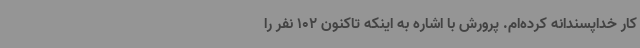
کار خداپسندانه کرده‌ام. پرورش با اشاره به اینکه تاکنون 102 نفر را